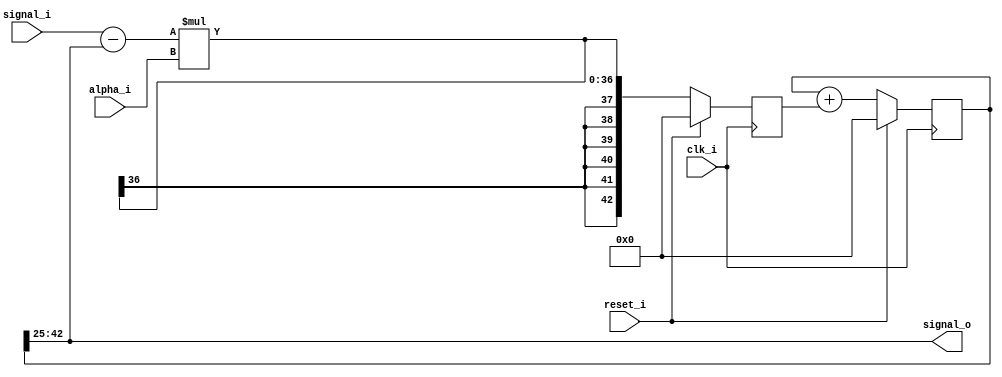
module red_pitaya_iq_lpf_block #(
    parameter     ALPHABITS = 25,
    parameter     HIGHESTALPHABIT = 18,
    parameter     LPFBITS   = 18 
)
(
    input clk_i,
    input reset_i  ,
    input signed [HIGHESTALPHABIT-1:0] alpha_i, 
    input signed [LPFBITS-1:0] signal_i,
    output signed [LPFBITS-1:0] signal_o
);
reg  signed [LPFBITS+ALPHABITS-1:0]    y;
reg  signed [LPFBITS+ALPHABITS-1:0]    delta;   
wire signed [LPFBITS-1:0]  y_out;
assign y_out = y[ALPHABITS+LPFBITS-1:ALPHABITS];
always @(posedge clk_i) begin
    if (reset_i == 1'b1) begin
        y <=            {ALPHABITS+LPFBITS{1'b0}};
        delta <=        {ALPHABITS+LPFBITS{1'b0}};
    end
    else begin
        delta <= (signal_i-y_out)*alpha_i;
        y <= y + delta;
    end
end
assign signal_o = y_out;
endmodule